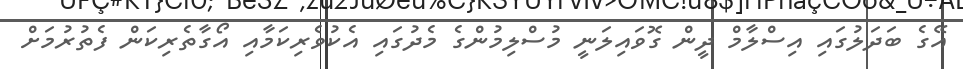
އޭގެ ބަދަލުގައި އިސްލާމް ދީން ގޮވައިލަނީ މުސްލިމުންގެ މެދުގައި އެކުވެރިކަމާއި އޯގާތެރިކަން ފެތުރުމަށް